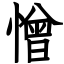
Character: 憎